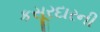
કસૂરદારની